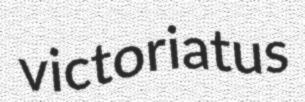
victoriatus